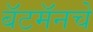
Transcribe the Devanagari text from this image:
बॅटमॅनचे